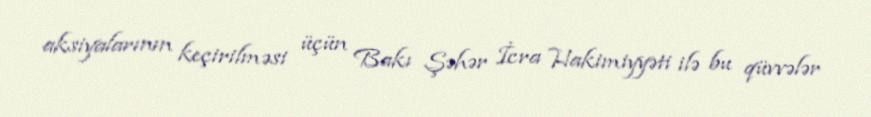
aksiyalarının keçirilməsi üçün Bakı Şəhər İcra Hakimiyyəti ilə bu qüvvələr